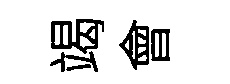
竭會